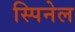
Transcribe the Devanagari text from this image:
स्पिनेल